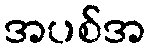
အပစ်အ